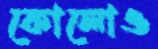
কোলোও